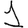
Digit: 1